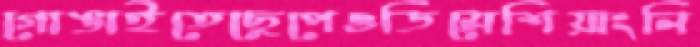
গোঙাইতেছেপেওডিমেশিয়াংনি